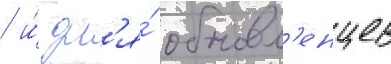
/ и́ дл'я́ обновл'енцев